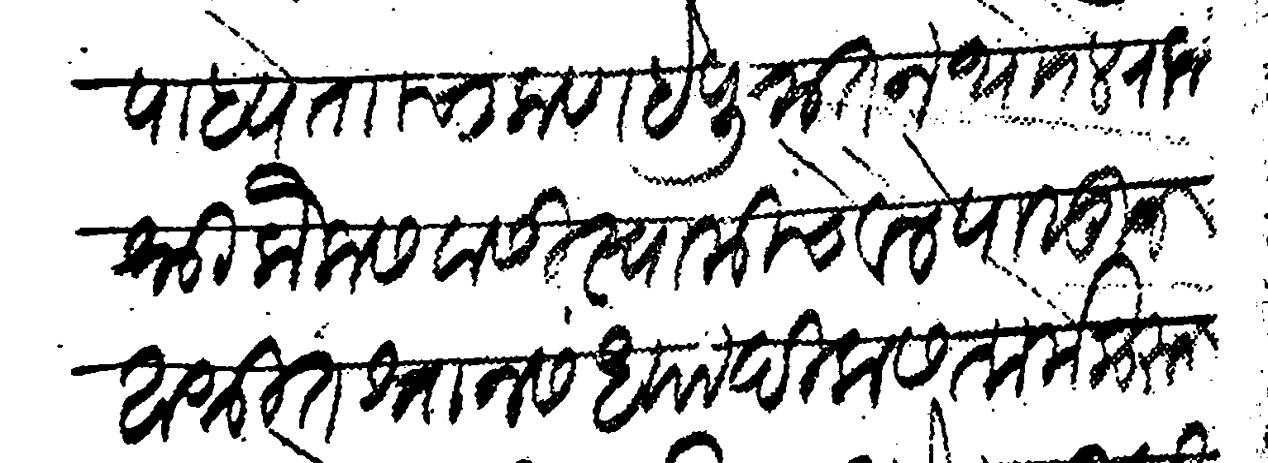
Transliteration (Devanagari): उपाध्ये त चाकण हे पुरातन थोरले राजश्री कैलासवासी स्वामीचे वेले पासून आश्रित श्नान संध्यादिक सत्कर्मेकरून